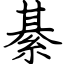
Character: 綦